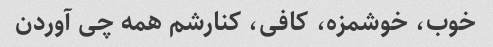
خوب، خوشمزه، کافی، کنارشم همه چی آوردن